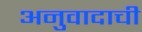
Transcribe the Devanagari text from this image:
अनुवादाची